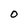
Character: 0